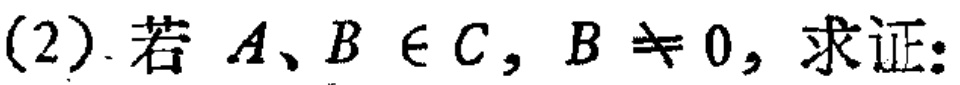
(2). 若 \(A、B\in C\)，\(B\neq 0\)，求证: